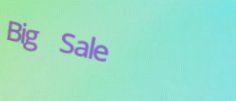
Big Sale